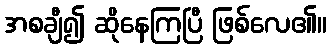
အစချီ၍ ဆိုနေကြပြီ ဖြစ်လေ၏။